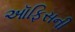
ઑફિસની